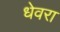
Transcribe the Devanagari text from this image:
धेवरा